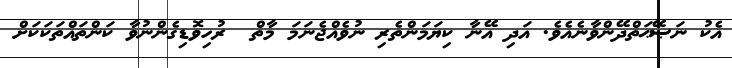
އެކު ނަޞޭޙަތްދޭންވާނެއެވެ. އަދި އޭނާ ކިޔަމަންތެރި ނުވެއްޖެނަމަ މާތް  ރުހިވޮޑިގެންނުވާ ކަންތައްތަކަކަށް